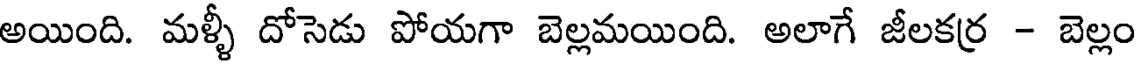
అయింది. మళ్ళీ దోసెడు పోయగా బెల్లమయింది. అలాగే జీలకర్ర - బెల్లం